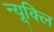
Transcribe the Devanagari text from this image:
न्यूक्लि